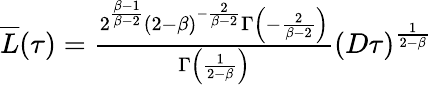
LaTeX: \begin{array}{r}{\overline{{L}}(\tau)=\frac{2^{\frac{\beta-1}{\beta-2}}(2-\beta)^{-\frac{2}{\beta-2}}\Gamma\left(-\frac{2}{\beta-2}\right)}{\Gamma\left(\frac{1}{2-\beta}\right)}(D\tau)^{\frac{1}{2-\beta}}}\end{array}